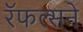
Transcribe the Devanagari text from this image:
रॅफल्सने